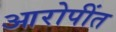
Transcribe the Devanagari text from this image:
आरोपींत